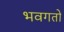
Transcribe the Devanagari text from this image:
भवगतो